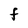
Character: F